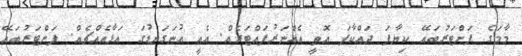
މާމަގެ ފަށްޓަރުބައޭ ކިޔާފަ ދައްކާފަ އޮތީ އެއްނަރުފައްޓަރެއް. އެއީ އުނަގަނޑުގަ އަޅާއެއްޗެއް. ފަށްޓަރުބައޭ